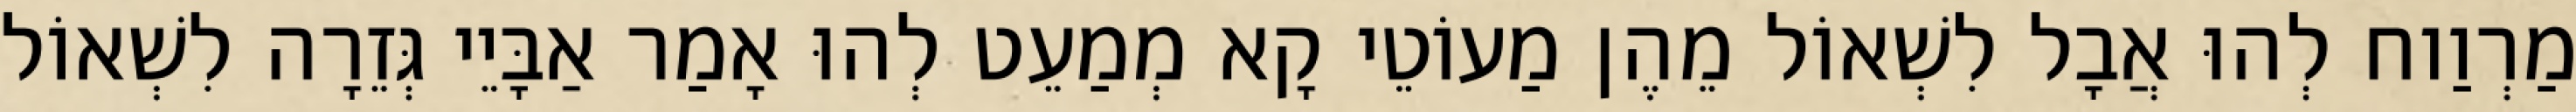
מַרְוַוח לְהוּ אֲבָל לִשְׁאוֹל מֵהֶן מַעוֹטֵי קָא מְמַעֵט לְהוּ אָמַר אַבָּיֵי גְּזֵרָה לִשְׁאוֹל